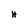
Character: H